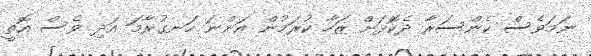
ނަމަވެސް ކެންސަރާ ދެކޮޅަށް ޒަހާ ކުރަމުން އަންނަ ހަނގުރާމަ އަދި ވެސް އޮތީ